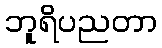
ဘူရိပညတာ